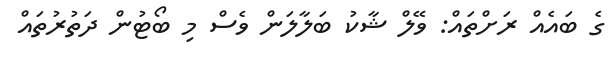
ގެ ބައެއް ރަށްތައް: ވޭލް ޝާކު ބަލާލަން ވެސް މި ބޯޓުން ދަތުރުތައް